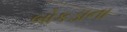
બોકડાના